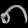
Digit: ၈